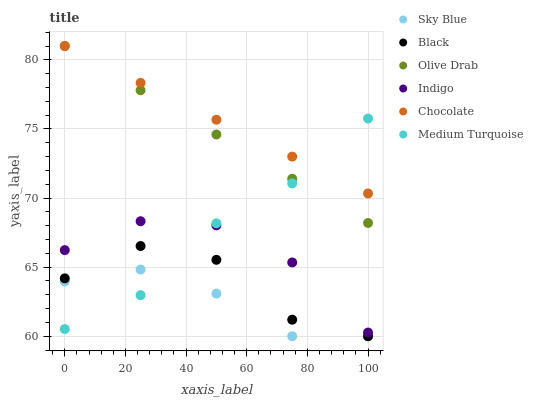
| xaxis_label | Sky Blue | Black | Olive Drab | Indigo | Chocolate | Medium Turquoise |
 | --- | --- | --- | --- | --- | --- | --- |
 | 0 | 64 | 64.2 | 81 | 66.2 | 81 | 60.5 |
 | 25 | 64.8 | 66.5 | 77.8 | 68.3 | 78.3 | 63 |
 | 50 | 63.1 | 65.5 | 74.6 | 68 | 75.7 | 68.2 |
 | 75 | 60 | 61.2 | 71.4 | 65.3 | 73 | 71.1 |
 | 100 | 60 | 60 | 68.2 | 60.3 | 70.3 | 75.8 |